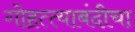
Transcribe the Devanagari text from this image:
गोहत्त्याबंदीचा